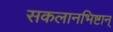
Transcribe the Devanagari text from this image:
सकलानभिष्टान्